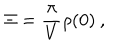
\Xi = \frac { \pi } { V } \rho ( 0 ) \: ,